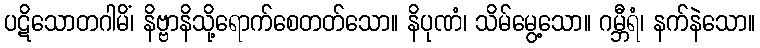
ပဋိသောတဂါမိံ၊ နိဗ္ဗာနိသို့ရောက်စေတတ်သော။ နိပုဏံ၊ သိမ်မွေ့သော။ ဂမ္ဘီရံ၊ နက်နဲသော။